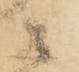
之